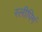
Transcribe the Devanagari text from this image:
स्लीपिगं